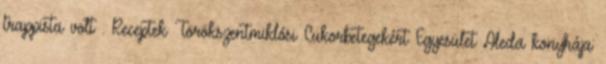
trappista volt . Receptek Törökszentmiklósi Cukorbetegekért Egyesület Aleda konyhája: